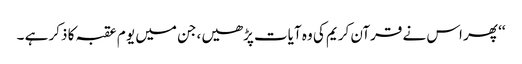
‘‘ پھر اس نے قرآن کریم کی وہ آیات پڑھیں ،جن میں یو م عقبہ کا ذکر ہے ۔